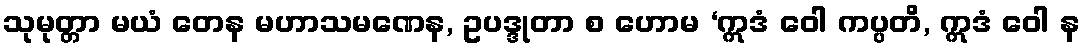
သုမုတ္တာ မယံ တေန မဟာသမဏေန, ဥပဒ္ဒုတာ စ ဟောမ ‘ဣဒံ ဝေါ ကပ္ပတိ, ဣဒံ ဝေါ န